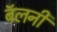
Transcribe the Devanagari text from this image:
बॅलनी